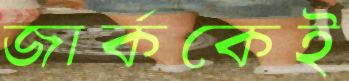
জার্ককেই